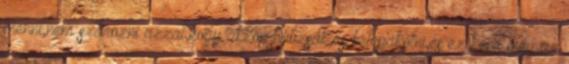
menni,nem szarozni azzal,hogy akkor hátizsák,és belepakolni,és ez kéne még,az